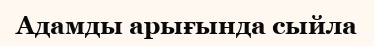
Адамды арығында сыйла